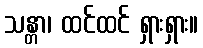
သန္တာ၊ ထင်ထင် ရှားရှား။